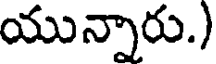
యున్నారు.)